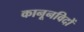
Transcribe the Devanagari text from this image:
कानूनविदों